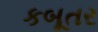
કબૂતર